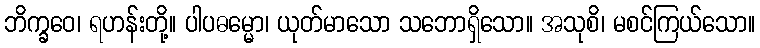
ဘိက္ခဝေ၊ ရဟန်းတို့။ ပါပဓမ္မော၊ ယုတ်မာသော သဘောရှိသော။ အသုစိ၊ မစင်ကြယ်သော။